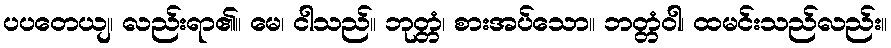
ပပတေယျ၊ လည်းရာ၏။ မေ၊ ငါသည်။ ဘုတ္တံ၊ စားအပ်သော။ ဘတ္တံဝါ၊ ထမင်းသည်လည်း။